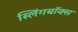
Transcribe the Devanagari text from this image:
स्लिंगबॉक्स